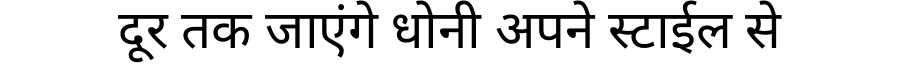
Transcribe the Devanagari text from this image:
दूर तक जाएंगे धोनी अपने स्टाईल से